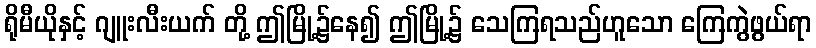
ရိုမီယိုနှင့် ဂျူးလီးယက် တို့ ဤမြို့၌နေ၍ ဤမြို့၌ သေကြရသည်ဟူသော ကြေကွဲဖွယ်ရာ